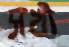
সখী